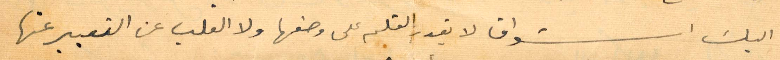
اليك اشواق لا يقدر القلم على وضعها ولا القلب عن التعبير عنها